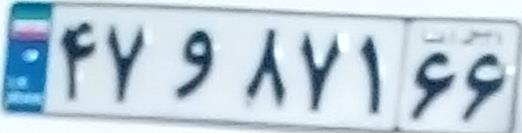
۴۷و۸۷۱۶۶